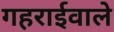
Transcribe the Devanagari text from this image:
गहराईवाले